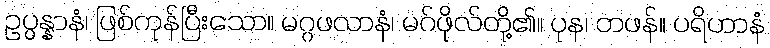
ဥပ္ပန္နာနံ၊ ဖြစ်ကုန်ပြီးသော။ မဂ္ဂဖလာနံ၊ မဂ်ဖိုလ်တို့၏။ ပုန၊ တဖန်။ ပရိဟာနံ